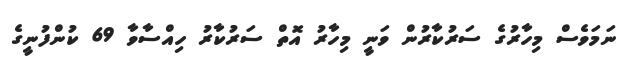
ނަމަވެސް މިހާރުގެ ސަރުކާރުން ވަނީ މިހާރު އޮތް ސަރުކާރު ހިއްސާވާ 69 ކުންފުނީގެ